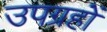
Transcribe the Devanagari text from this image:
उपग्रहोंं